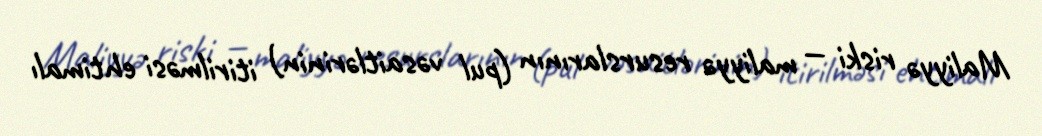
Maliyyə riski — maliyyə resurslarının (pul vəsaitlərinin) itirilməsi ehtimalı